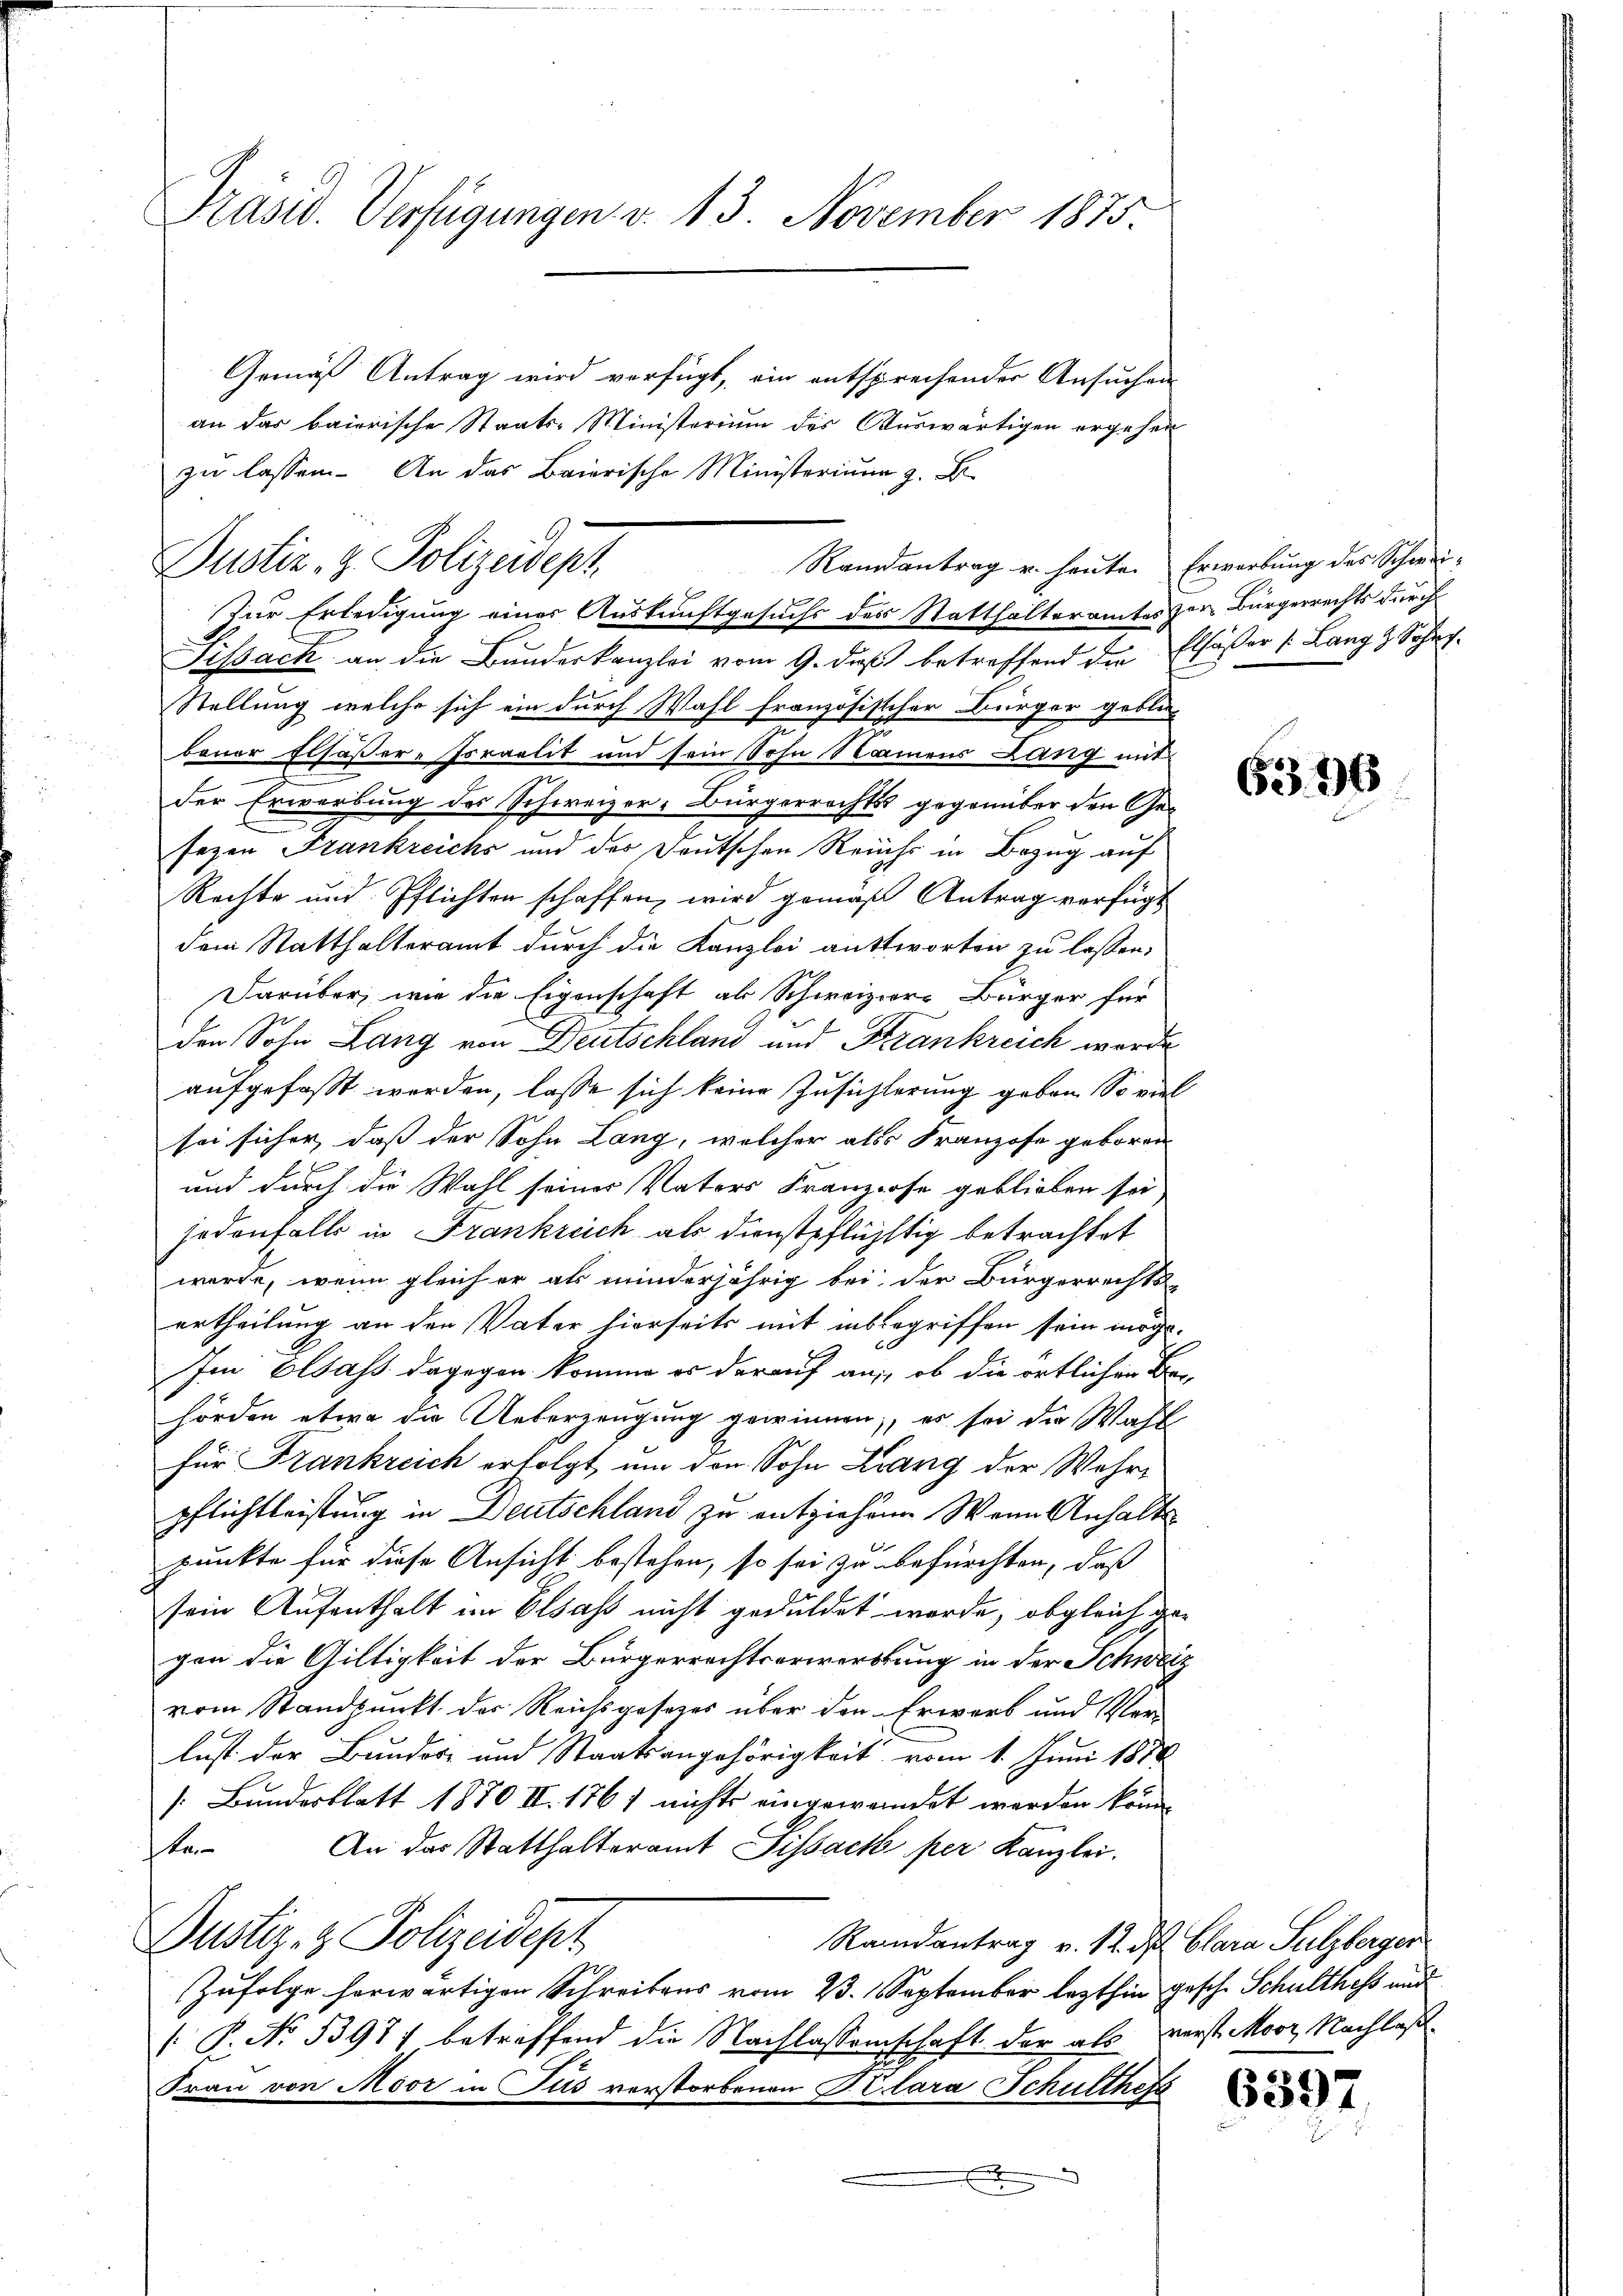
Präsid. Verfügungen d. 13. November 1875.

Gemäß Antrag wird verfügt, ein entsprechender Ansuchen
an das baierische Staats-Ministerium des Auswärtigen ergehen
zu lassen. An das Baierische Ministerium z. B.
Zur Erledigung einer Auskunftgesuchs des Statthalteramtes zur Bürgerrechts durch
Sissack an die Bundeskanzlei vom 9. daß betreffend die Elsässer k. Lang & Sohn.
Stellung welche sich ein durch Wahl französischer Bürger geblie
bauer Elsässer-Israelit und sein Sohn Namens Lang mit
der Erwerbung des Schweizer-Bürgerrechts gegenüber den Gesezen Frankreichs und der Deutschen Reichs in Bezug auf
Rechte und Pflichten schaffen, wird gemäß Antrag verfügt
dem Statthalteramt durch die Kanzlei antworten zu lassen:
Darüber, wie die Eigenschaft als Schweiziere Bürger für
den Sohn Lang von Deutschland und Frankreich werde
aufgefaßt werden, lasse sich keine Zusichterung geben. So viel
sei sicher, daß der Sohn Lang, welcher als Franzose geboren
und durch die Wahl seiner Vaters Franzose geblieben sei
jedenfalls in Frankreich als dienstpflüchtig betrachtet
werde, wenn gleich er als minderjährig bei der Bürgerrechts-
ertheilung an den Vater hierseits mit inbegriffen sein möge.
Im Elsass dagegen komme es darauf an, ob die örtlichen Be
hörden etwa die Ueberzeugung gewinnen, es sei die Wahl
für Frankreich erfolgt, um den Sohn Lang der Wehrpflichtleistung in Deutschland zu entziehen. Wenn Anhalte
punkte für diese Ansicht bestehen, so sei zu befürchten, daß
sein Aufenthalt im Elsass nicht geduldet werde, obgleich gegen die Giltigkeit der Bürgerrechtserwerbung in der Schweiz
vom Standpunkt der Reichsgesezes über den Erwarb und Ver-
lust der Bundere und Staatsangehörigkeit vom 1. Juni 1888
[: Bundesblatt 1870 II. 1761 nichts eingewendet werden könn
An das Statthalteramt Sissach per Kanzlei.
s
Dustiz- & Polizeidept
Randantrag v. 12. ds Clara Sulzberger
Zufolge horwärtigen Schreibens vom 23. September lezthin gesch. Schulthess und
 P. No. 53977 betreffend die Nachlassenschaft der als verst Moor, Nachlaß
Frau von Moor in Jus verstorbenen Pilara Schulthers

Randantrag u. heute. Erwerbung des Schwei-
Justiz- & Polizeidept

6396

6597